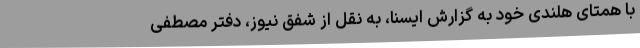
با همتای هلندی خود به گزارش ایسنا، به نقل از شفق نیوز، دفتر مصطفی